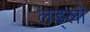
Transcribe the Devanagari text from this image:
लड्लो